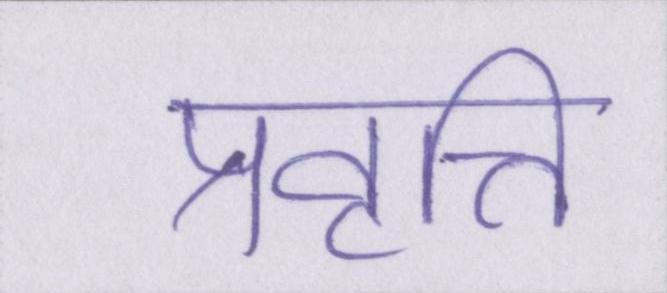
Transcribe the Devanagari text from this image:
प्रवृत्ति